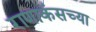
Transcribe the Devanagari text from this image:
राणाकंसच्या